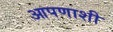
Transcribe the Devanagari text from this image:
आपणाशी